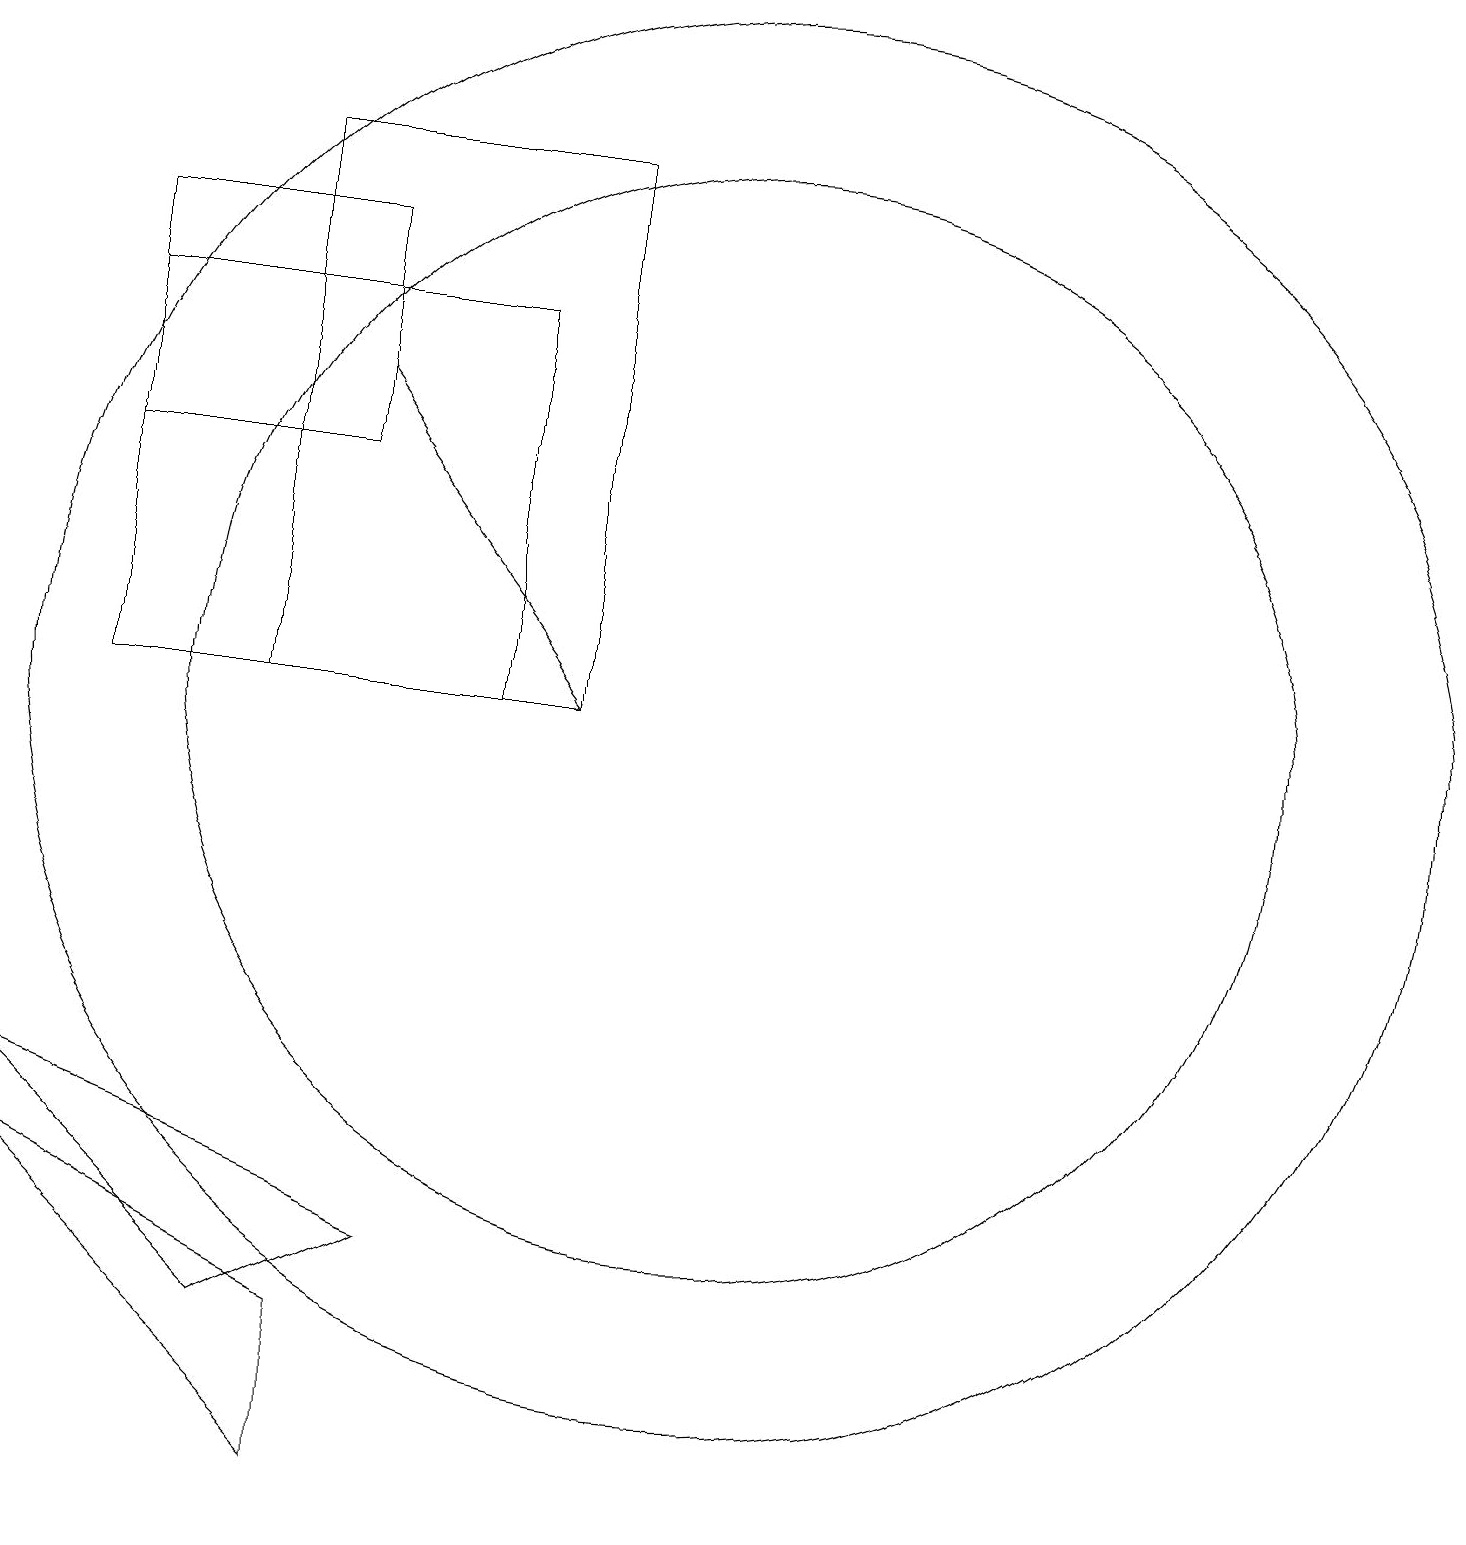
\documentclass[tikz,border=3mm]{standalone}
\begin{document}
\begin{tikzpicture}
\draw (5,3) -- (7,4) -- (2,6) -- cycle;
\draw (6,1) -- (6,3) -- (2,5) -- cycle;
\draw (11,11) circle (9);
\draw[->] (6,15) -- (9,11);
\draw (11,11) circle (7);
\draw (9,18) rectangle (5,11);
\draw (3,11) rectangle (8,16);
\draw (6,14) rectangle (3,17);
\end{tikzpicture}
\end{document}